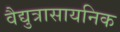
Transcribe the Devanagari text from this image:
वैद्युत्रासायनिक